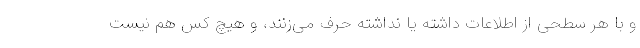
و با هر سطحی از اطلاعات داشته یا نداشته حرف می‌زنند، و هیچ کس هم نیست